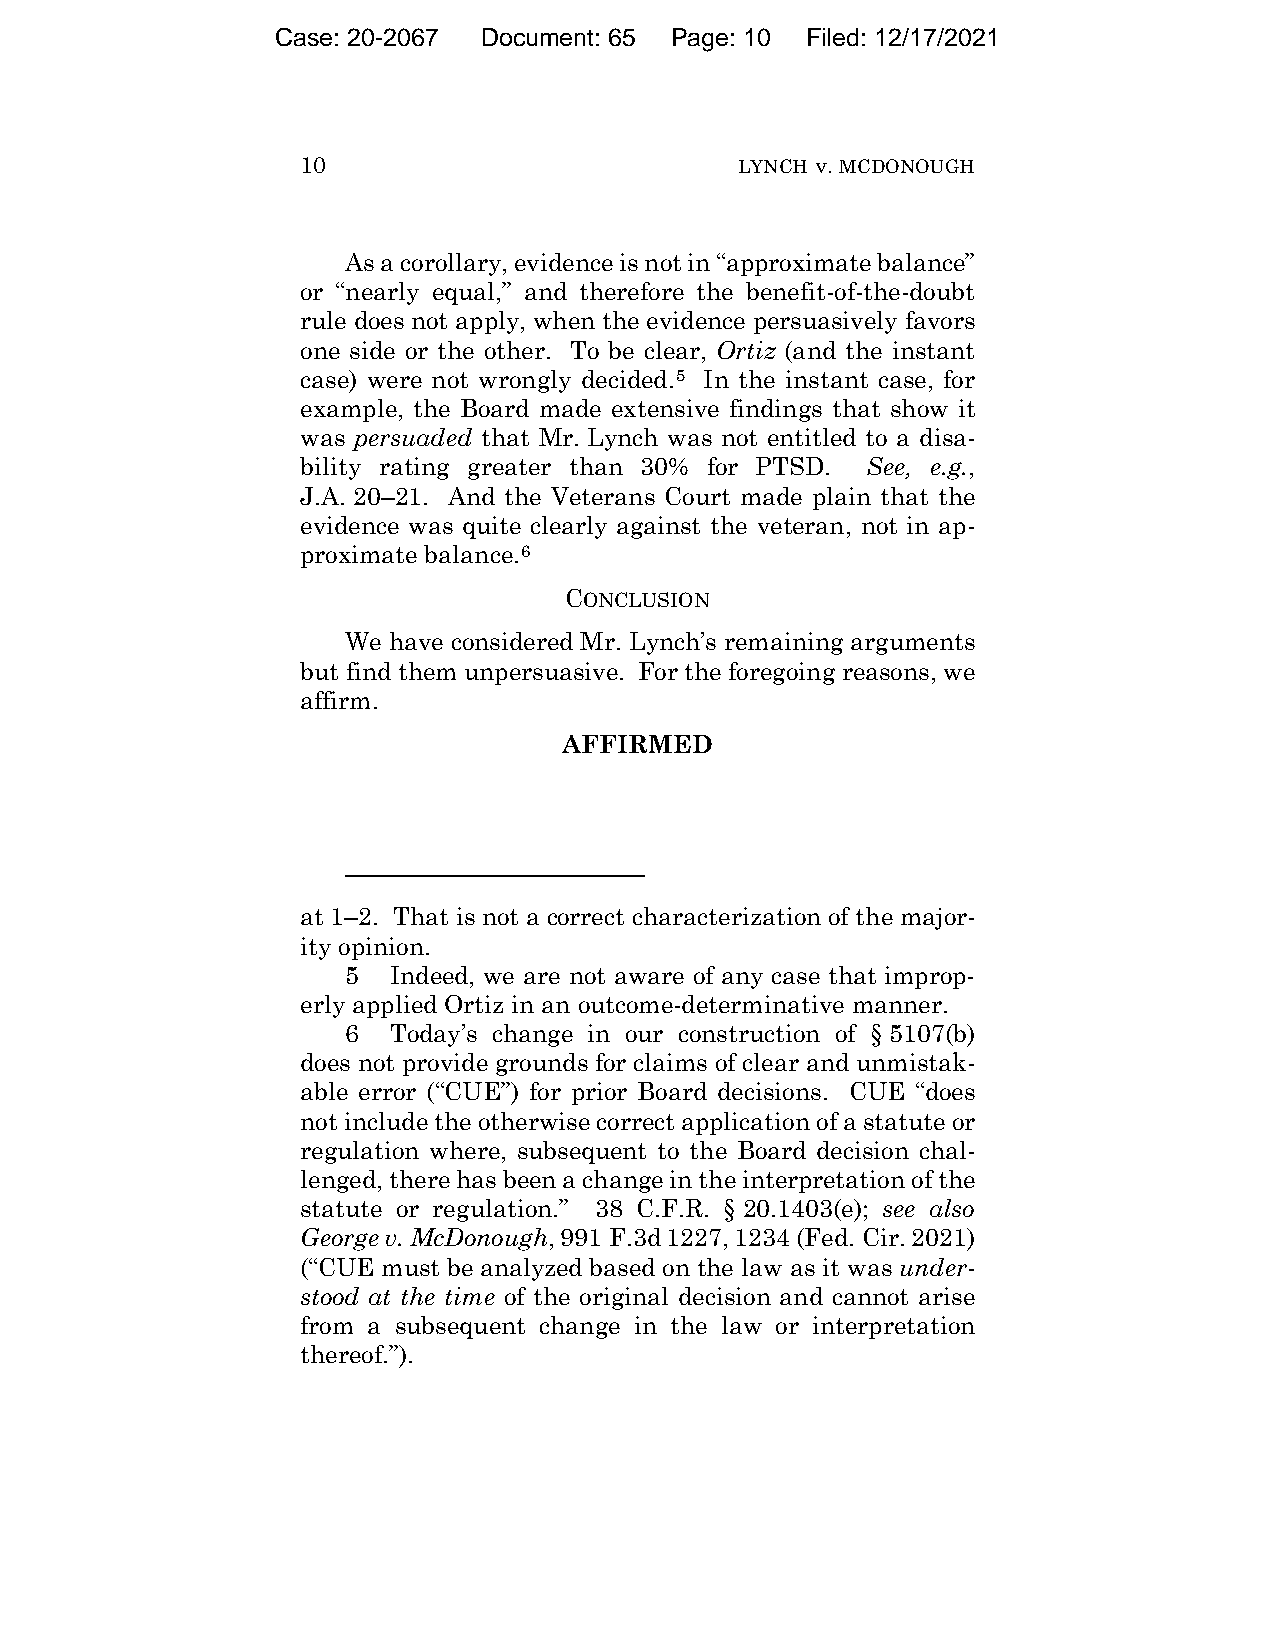
Case: 20-2067 Document: 65 Page: 10 Filed: 12/17/2021
 10                           LYNCH v. MCDONOUGH
 As a corollary, evidence is not in “approximate balance”
 or “nearly equal,” and therefore the benefit-of-the-doubt
 rule does not apply, when the evidence persuasively favors
 one side or the other. To be clear, Ortiz (and the instant
 case) were not wrongly decided.5 In the instant case, for
 example, the Board made extensive findings that show it
 was persuaded that Mr. Lynch was not entitled to a disa-
 bility rating greater than 30% for PTSD. See, e.g.,
 J.A. 20–21. And the Veterans Court made plain that the
 evidence was quite clearly against the veteran, not in ap-
 proximate balance.6
 CONCLUSION
 We have considered Mr. Lynch’s remaining arguments
 but find them unpersuasive. For the foregoing reasons, we
 affirm.
 AFFIRMED
 at 1–2. That is not a correct characterization of the major-
 ity opinion.
 5  Indeed, we are not aware of any case that improp-
 erly applied Ortiz in an outcome-determinative manner.
 6  Today’s change in our construction of § 5107(b)
 does not provide grounds for claims of clear and unmistak-
 able error (“CUE”) for prior Board decisions. CUE “does
 not include the otherwise correct application of a statute or
 regulation where, subsequent to the Board decision chal-
 lenged, there has been a change in the interpretation of the
 statute or regulation.” 38 C.F.R. § 20.1403(e); see also
 George v. McDonough, 991 F.3d 1227, 1234 (Fed. Cir. 2021)
 (“CUE must be analyzed based on the law as it was under-
 stood at the time of the original decision and cannot arise
 from a subsequent change in the law or interpretation
 thereof.”).